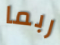
ربما